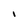
Character: I